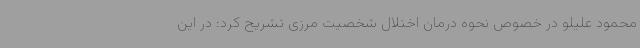
محمود علیلو در خصوص نحوه درمان اختلال شخصیت مرزی تشریح کرد: در این